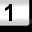
Digit: 1